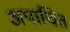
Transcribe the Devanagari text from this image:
अपाचित